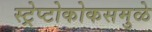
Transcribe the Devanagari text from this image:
स्ट्रेप्टोकोकसमुळे